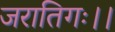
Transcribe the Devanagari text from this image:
जरातिगः।।